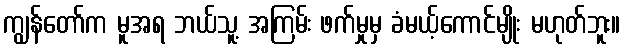
ကျွန်တော်က မူအရ ဘယ်သူ့ အကြမ်း ဖက်မှုမှ ခံမယ့်ကောင်မျိုး မဟုတ်ဘူး။